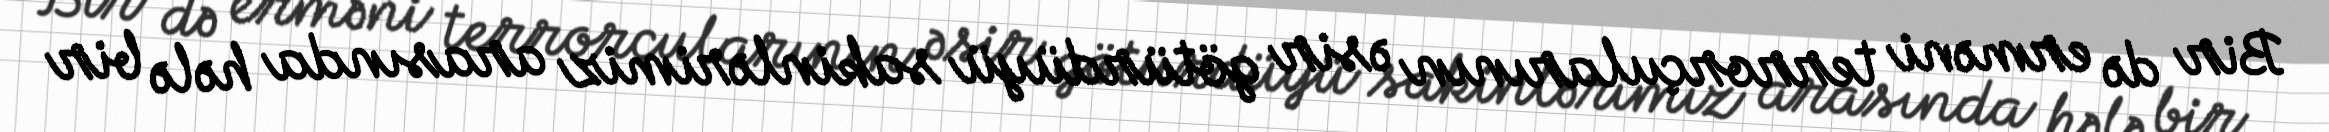
Bir də erməni terrorçularının əsir götürdüyü sakinlərimiz arasında hələ bir